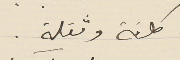
كلفة وثقلة.